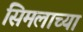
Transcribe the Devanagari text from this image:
सिमलाच्या